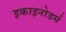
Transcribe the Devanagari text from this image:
इकाइनोडर्म